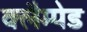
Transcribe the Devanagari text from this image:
क्लैम्पेड